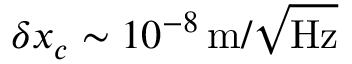
\delta x _ { c } \sim 1 0 ^ { - 8 } \, \mathrm { m } / \sqrt { \mathrm { H z } }